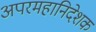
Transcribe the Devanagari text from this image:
अपरमहानिदेशक